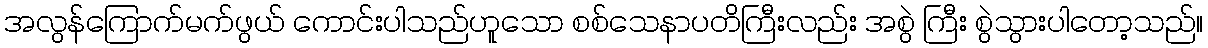
အလွန်ကြောက်မက်ဖွယ် ကောင်းပါသည်ဟူသော စစ်သေနာပတိကြီးလည်း အစွဲ ကြီး စွဲသွားပါတော့သည်။